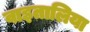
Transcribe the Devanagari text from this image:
वाइतालिया